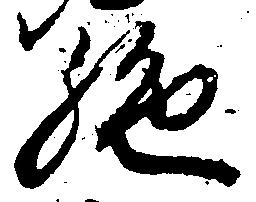
絶